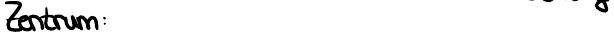
Zentrum: